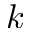
k